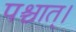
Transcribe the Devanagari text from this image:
पश्चात्‌।